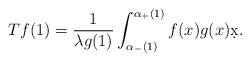
\begin{align*}Tf(1) = \frac{1}{ \lambda g(1)}\int_{\alpha_-(1)}^{\alpha_+(1)} f(x) g(x) \d x. \end{align*}